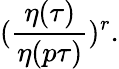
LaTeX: (\frac{\eta({\tau})}{\eta(p\tau)})^{r}.